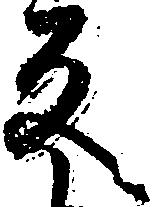
反